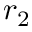
r _ { 2 }